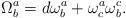
LaTeX: \begin{align*}\Omega_{b}^{a}=d\omega_{b}^{a}+\omega_{c}^{a}\omega_{b}^{c}.\end{align*}